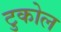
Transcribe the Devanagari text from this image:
टुकोल